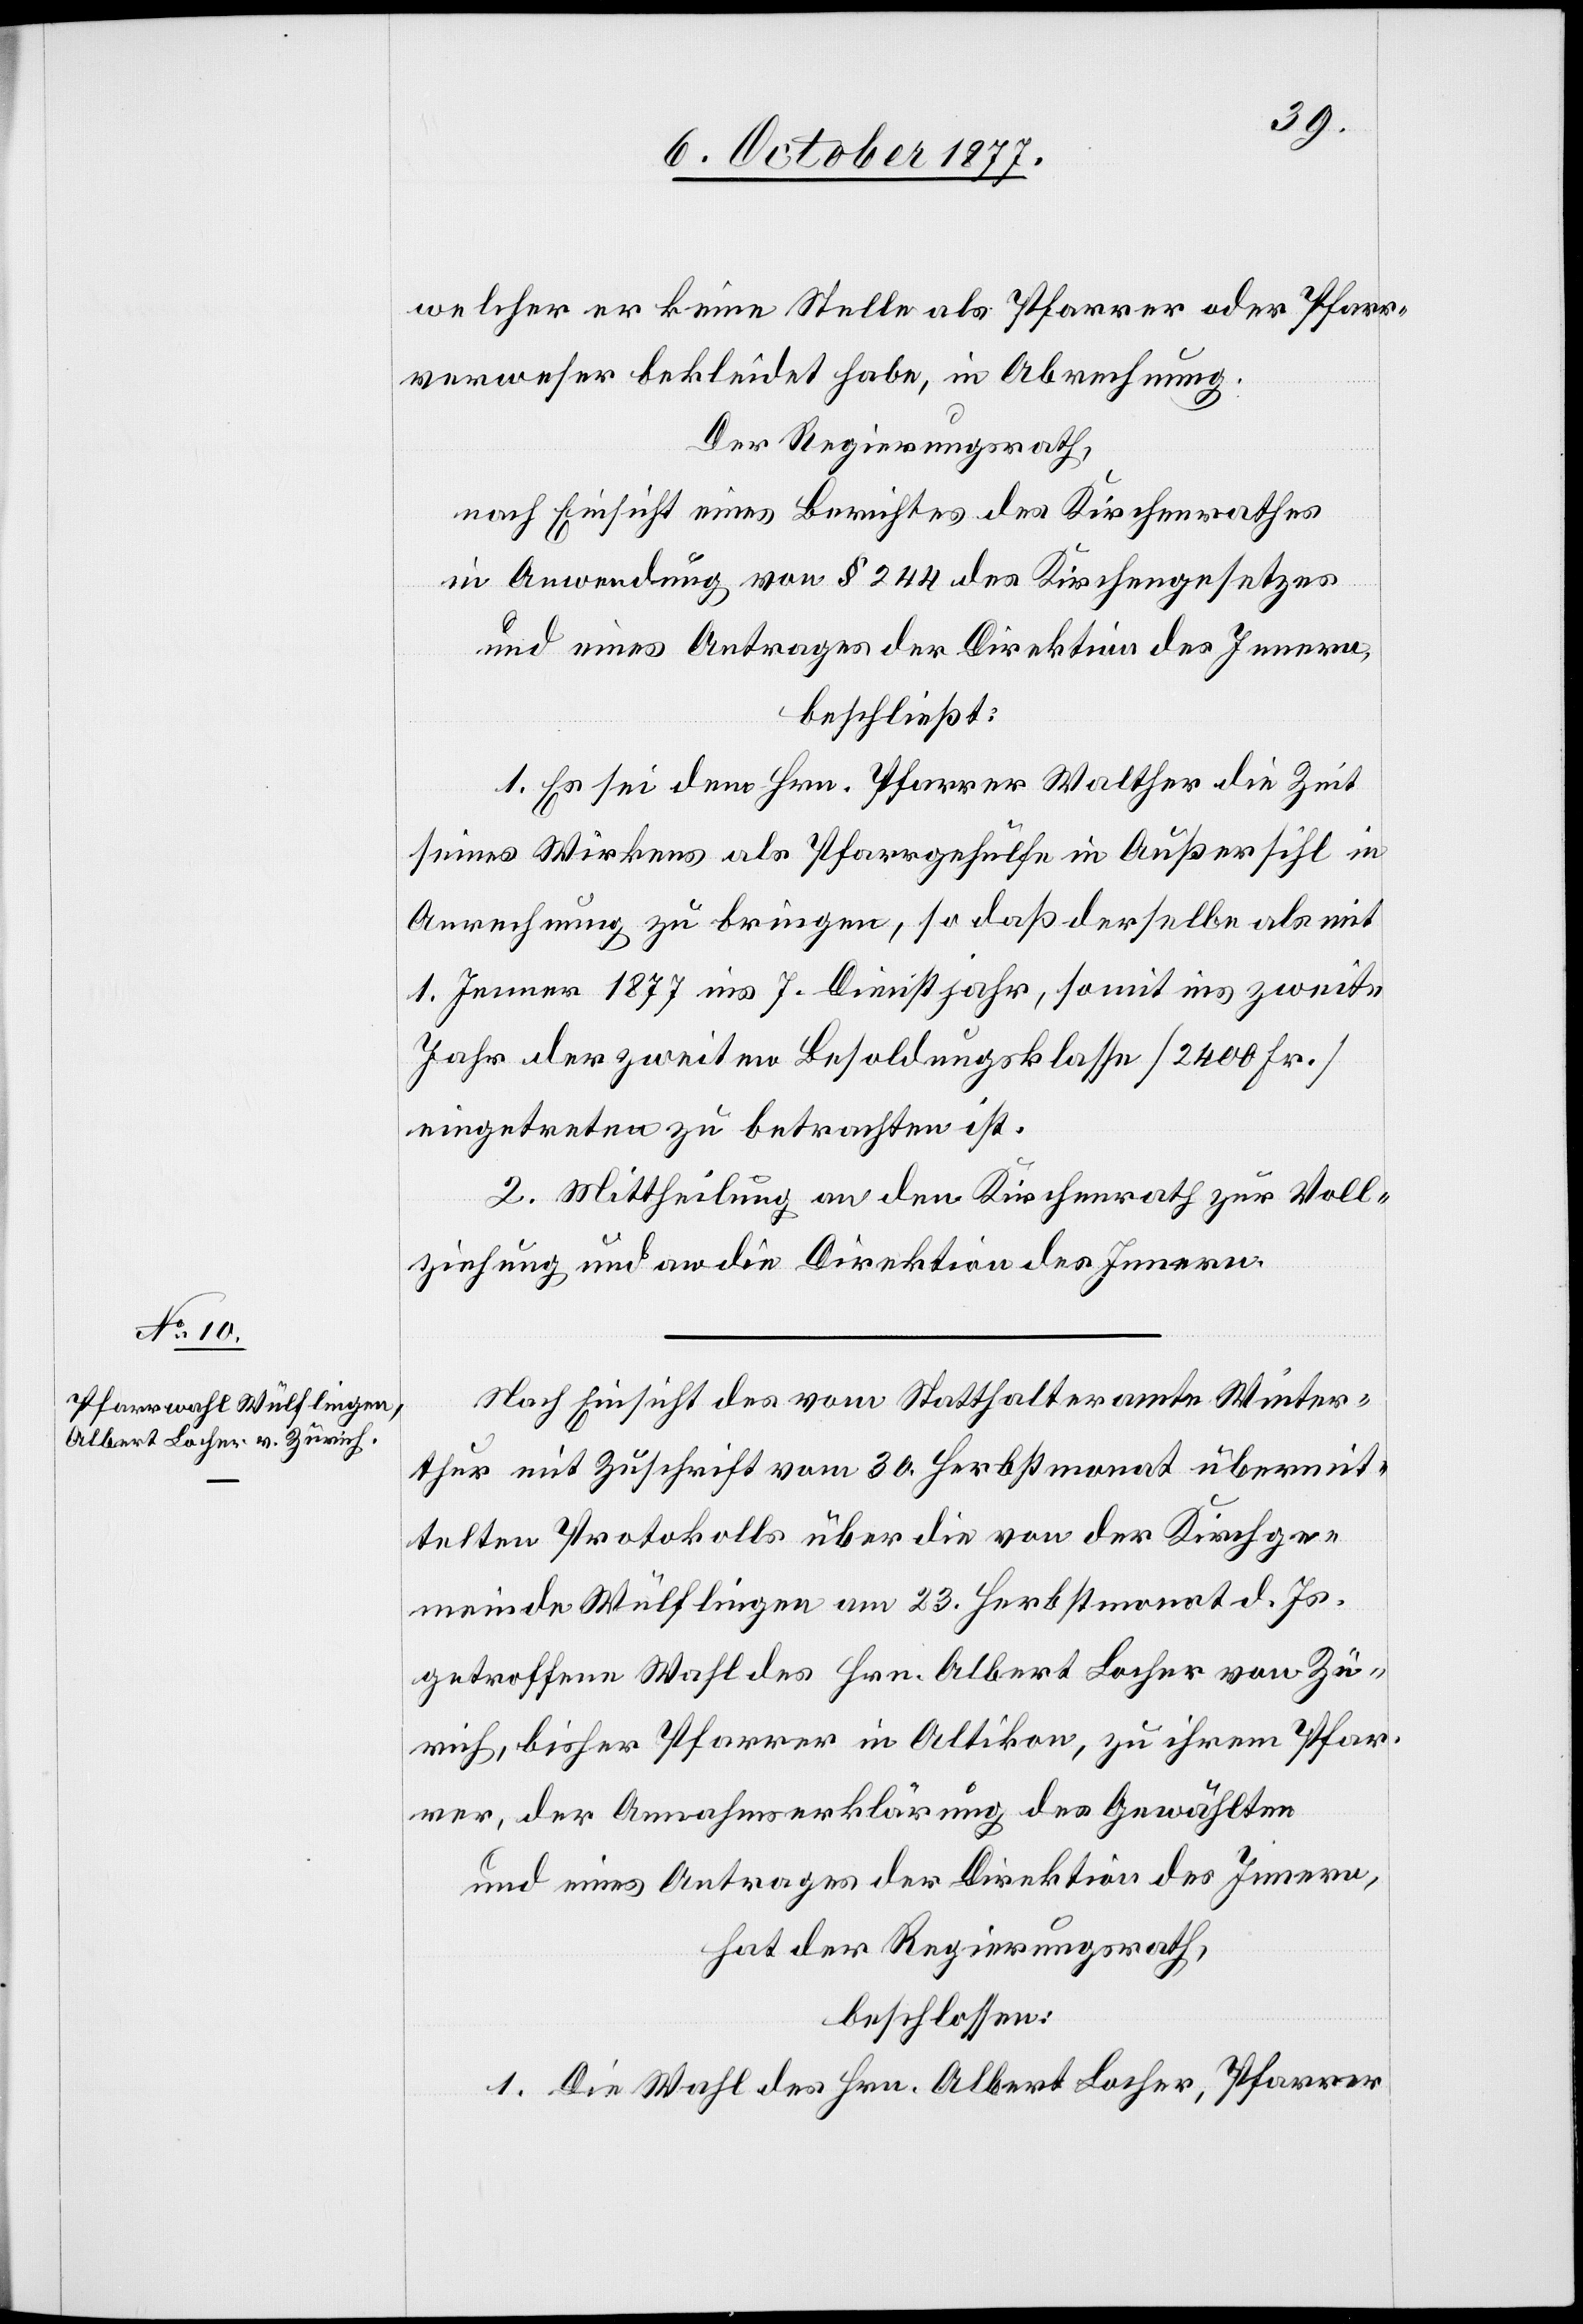
welcher er keine Stelle als Pfarrer oder Pfarr¬
verweser bekleidet habe, in Abrechnung.
Der Regierungsrath,
nach Einsicht eines Berichtes des Kirchenrathes
in Anwendung von § 244 des Kirchengesetzes
und eines Antrages der Direktion des Innern,
beschließt:
1. Es sei dem Hrn. Pfarrer Walther die Zeit
seines Wirkens als Pfarrgehülfe in Außersihl in
Anrechnung zu bringen, so daß derselbe als mit
1. Jenner 1877 ins 7. Dienstjahr, somit ins zweite
Jahr der zweiten Besoldungsklasse [2400 Fr.]
eingetreten zu betrachten ist.
2. Mittheilung an den Kirchenrath zur Voll¬
ziehung und an die Direktion des Innern.
Nach Einsicht des vom Statthalteramte Winter¬
thur mit Zuschrift vom 30. Herbstmonat übermit¬
telten Protokolls über die von der Kirchge¬
meinde Wülflingen am 23. Herbstmonat d. Js.
getroffene Wahl des Hrn. Albert Locher von Zü¬
rich, bisher Pfarrer in Altikon, zu ihrem Pfar¬
rer, der Annahmserklärung des Gewählten
und eines Antrages der Direktion des Innern,
hat der Regierungsrath,
beschlossen:
1. Die Wahl des Hrn. Albert Locher, Pfarrer